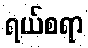
ရယ်စရာ